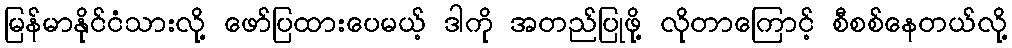
မြန်မာနိုင်ငံသားလို့ ဖော်ပြထားပေမယ့် ဒါကို အတည်ပြုဖို့ လိုတာကြောင့် စီစစ်နေတယ်လို့